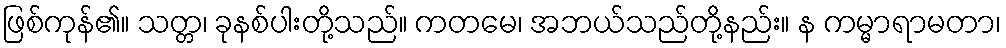
ဖြစ်ကုန်၏။ သတ္တ၊ ခုနစ်ပါးတို့သည်။ ကတမေ၊ အဘယ်သည်တို့နည်း။ န ကမ္မာရာမတာ၊